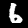
Label: 6